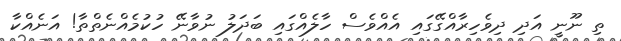
ތި ނޫނީ އަދި ދިވެހިރާއްގޭގައި އެއްވެސް ހާލެއްގައި ބަދަލު ނުވާނޭ ހުކުމެއްނެތްތާ! އަނެއްކާ